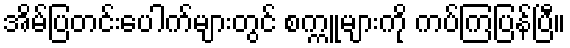
အိမ်ပြတင်းပေါက်များတွင် စက္ကူများကို ကပ်ကြပြန်ပြီ။